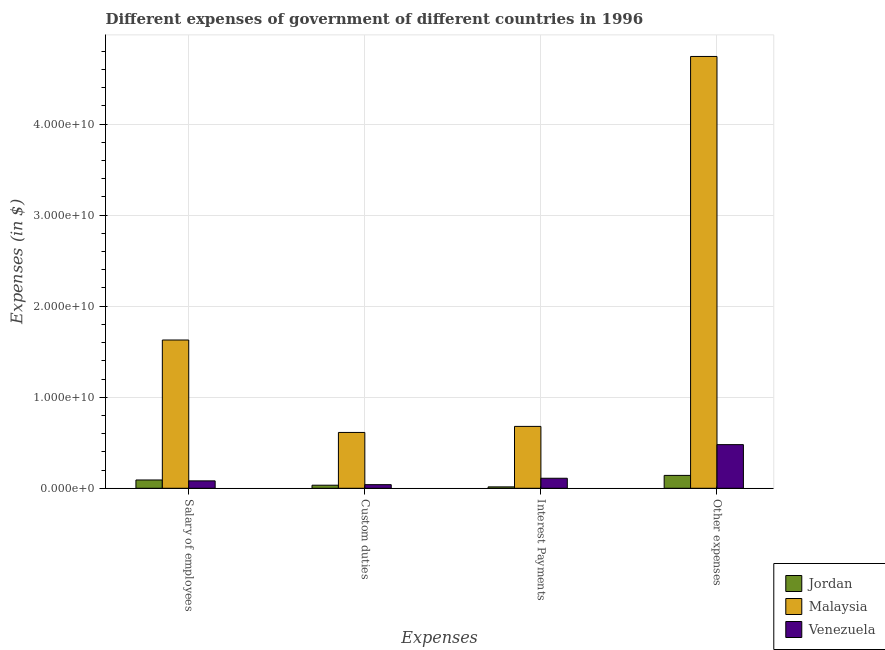
| Expenses | Jordan | Malaysia | Venezuela |
 | --- | --- | --- | --- |
 | Salary of employees | 9.11e+08 | 1.63e+10 | 8.14e+08 |
 | Custom duties | 3.36e+08 | 6.13e+09 | 3.98e+08 |
 | Interest Payments | 1.53e+08 | 6.8e+09 | 1.1e+09 |
 | Other expenses | 1.41e+09 | 4.74e+10 | 4.79e+09 |